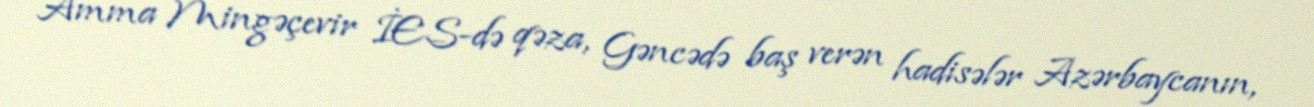
Amma Mingəçevir İES-də qəza, Gəncədə baş verən hadisələr Azərbaycanın,